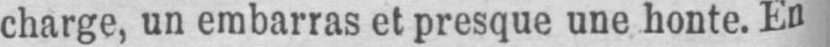
charge, un embarras et presque une honte. En